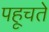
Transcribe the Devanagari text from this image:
पहूचते